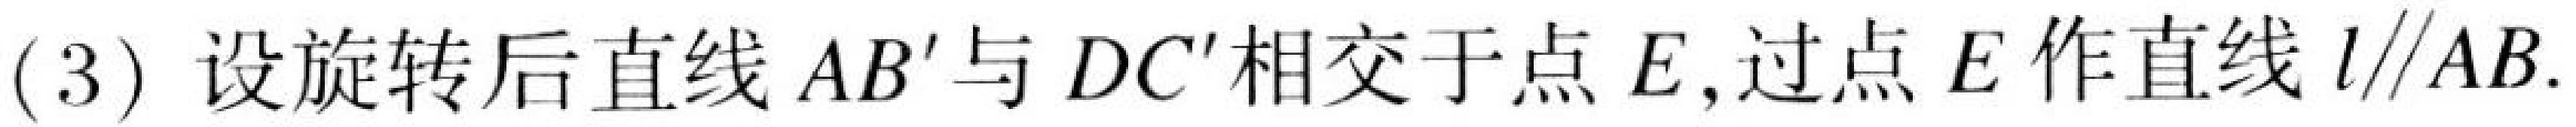
(3) 设旋转后直线 \(AB'\) 与 \(DC'\) 相交于点 \(E\),过点 \(E\) 作直线 \(l\parallel AB\).